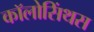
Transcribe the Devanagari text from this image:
कॉलोसिंथस